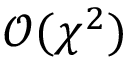
\mathcal { O } ( \chi ^ { 2 } )